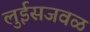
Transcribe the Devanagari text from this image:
लुईसजवळ